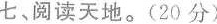
七、阅读天地。(20分)